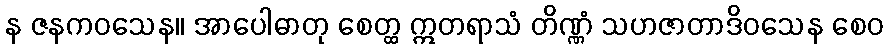
န ဇနကဝသေန။ အာပေါဓာတု စေတ္ထ ဣတရာသံ တိဏ္ဏံ သဟဇာတာဒိဝသေန စေဝ